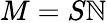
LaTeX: M=S\mathbb{N}